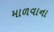
માળવાના